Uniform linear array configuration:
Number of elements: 32
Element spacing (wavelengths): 0.5
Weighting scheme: kaiser
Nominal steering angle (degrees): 0
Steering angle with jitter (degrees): -1.425
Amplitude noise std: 0.05
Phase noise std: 0.05

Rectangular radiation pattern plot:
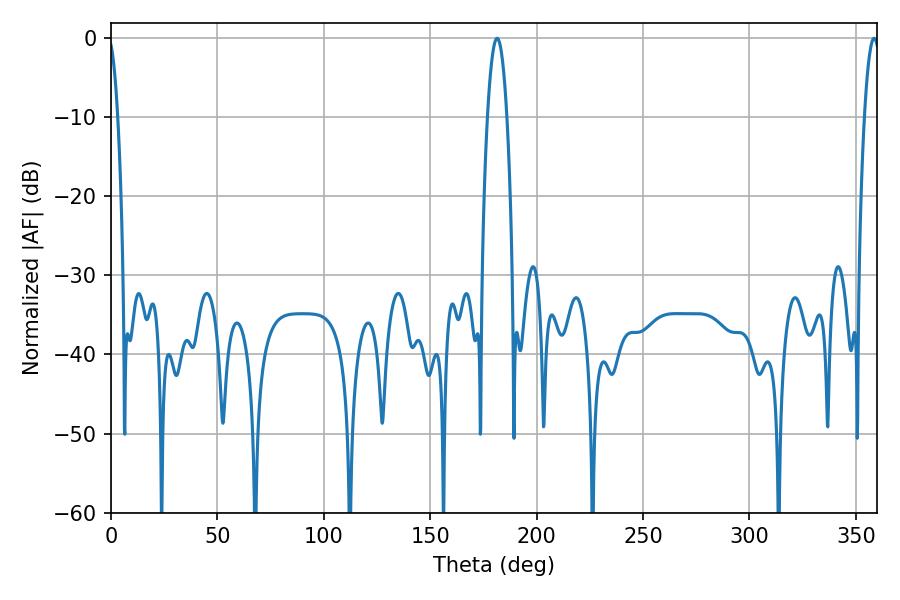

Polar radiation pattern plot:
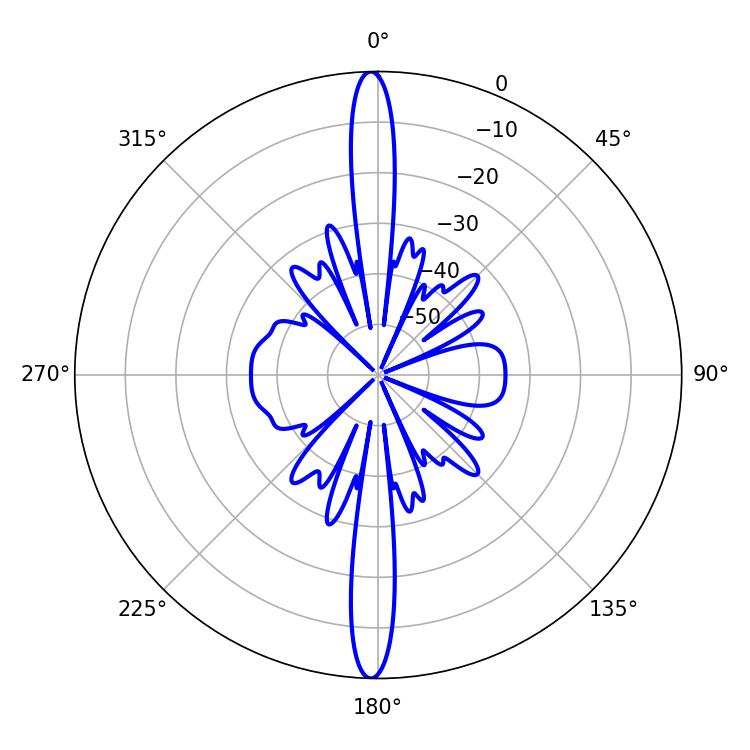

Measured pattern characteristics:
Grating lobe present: FALSE
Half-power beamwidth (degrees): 5.04
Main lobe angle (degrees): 181.44